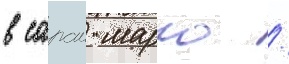
в сараи марго /